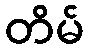
တိမ်